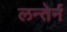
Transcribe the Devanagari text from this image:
लन्तेर्न